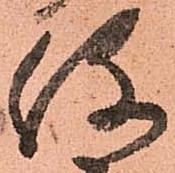
役